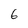
Character: 6